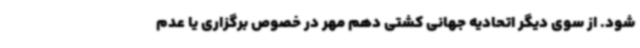
شود. از سوی دیگر اتحادیه جهانی کشتی دهم مهر در خصوص برگزاری یا عدم